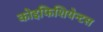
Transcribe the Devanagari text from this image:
कोइफिशियेन्‍टस